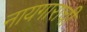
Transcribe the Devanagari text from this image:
नायगाराची